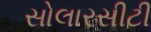
સોલારસીટી